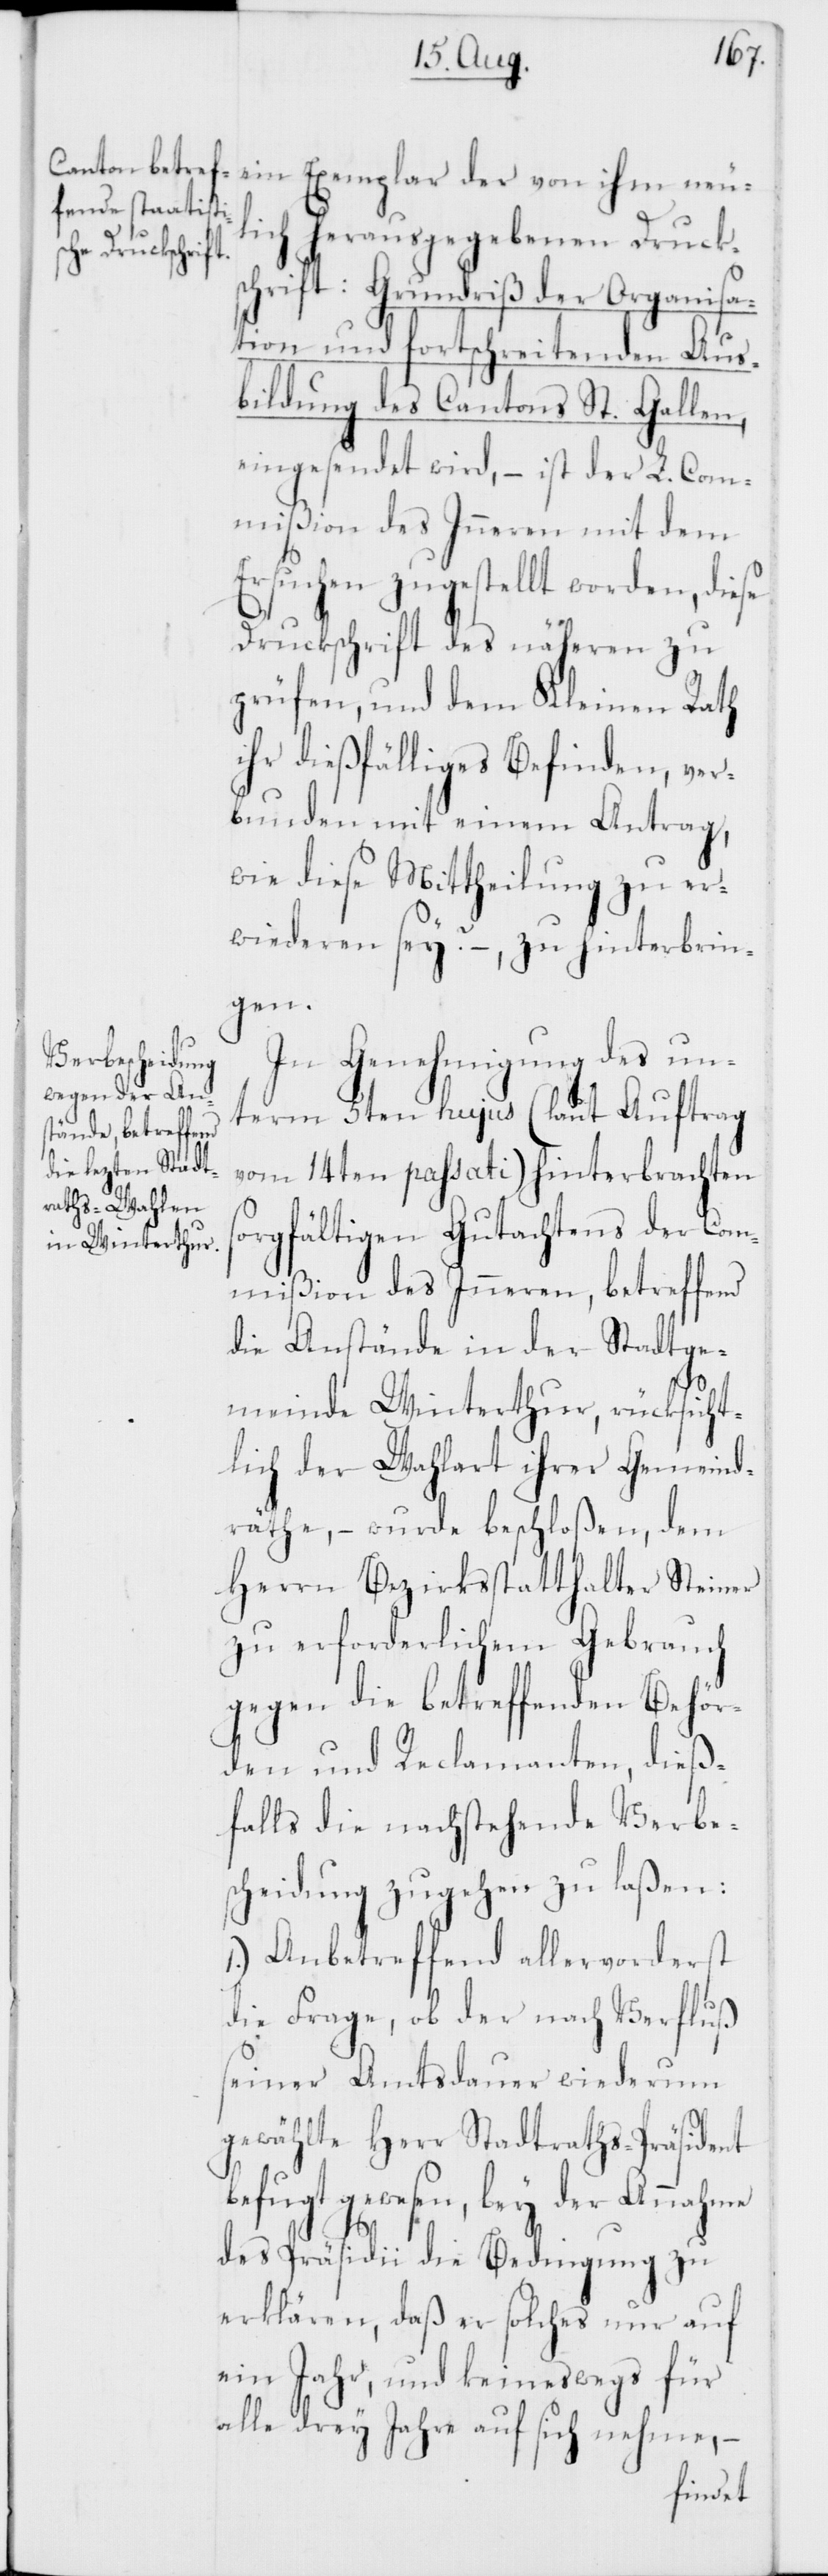
ein Exemplar der von ihm neu¬
lich herausgegebenen Druck¬
schrift: Grundriß der Organisa¬
tion und fortschreitenden Aus¬
bildung des Cantons St. Gallen,
eingesendet wird, – ist der L. Com¬
mißion des Inneren mit dem
Ersuchen zugestellt worden, diese
Druckschrift des näheren zu
prüfen, und dem Kleinen Rath
ihr dießfälliges Befinden, ver¬
bunden mit einem Antrag,
wie diese Mittheilung zu er¬
wideren sey? –, zu hinterbrin¬
gen.
In Genehmigung des un¬
term 5ten hujus (laut Auftrag
vom 14ten passati) hinterbrachten
orgfältigen Gutachtens der Com¬
mißion des Inneren, betreffend
die Anstände in der Stadtge¬
meinde Winterthur, rücksicht¬
lich der Wahlart ihrer Gemeind¬
räthe, – wurde beschloßen, dem
Herrn Bezirksstatthalter Steiner
zu erforderlichem Gebrauch
gegen die betreffenden Behör¬
den und Reclamanten, dieß¬
falls die nachstehende Verbe¬
scheidung zugehen zu laßen:
1.) Anbetreffend allervorderst
die Frage, ob der nach Verfluß
seiner Amtsdauer wiederum
gewählte Herr Stadtraths-Präsident
befugt gewesen, bey der Annahme
s¬
des Präsidii die Bedingung zu
erklären, daß er solches nur auf
ein Jahr, und keineswegs für
alle drey Jahre auf sich nehme, –